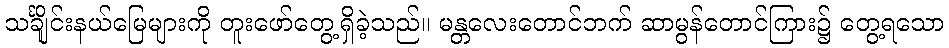
သင်္ချိုင်းနယ်မြေများကို တူးဖော်တွေ့ရှိခဲ့သည်။ မန္တလေးတောင်ဘက် ဆာမွန်တောင်ကြား၌ တွေ့ရသော